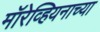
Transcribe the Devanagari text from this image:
मॉरेव्हियनाच्या